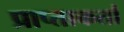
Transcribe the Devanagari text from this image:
प्राप्ताकर्ता